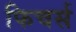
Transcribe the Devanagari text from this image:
फिचर्स